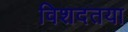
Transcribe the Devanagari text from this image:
विशदतया